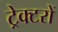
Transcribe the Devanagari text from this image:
ट्रेक्टरों